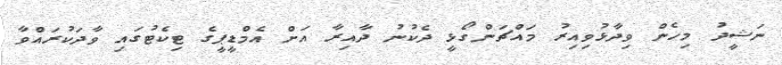
ނަޝީދު މިހެން ވިދާޅުވިއިރު މައްޗަންގޯޅީ ދެކުނު ދާއިރާ އަށް އެމްޑީޕީގެ ޓިކެޓުގައި ވާދަކުރައްވާ